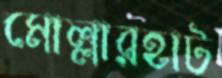
মোল্লারহাট